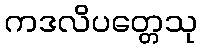
ကဒလိပတ္တေသု